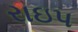
રાઇપ